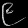
Digit: ၉